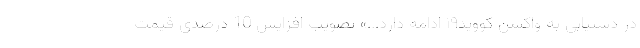
در دستیابی به واکسن کووید۱۹ ادامه دارد...» تصویب افزایش 10 درصدی قیمت